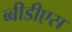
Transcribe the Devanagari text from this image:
ब्बीडीएस